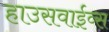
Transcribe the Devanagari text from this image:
हाउसवाईव्स